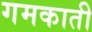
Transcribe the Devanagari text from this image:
गमकाती